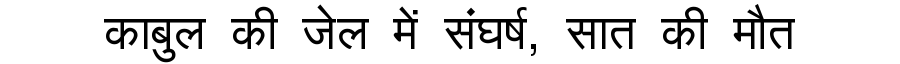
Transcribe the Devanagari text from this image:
काबुल की जेल में संघर्ष, सात की मौत